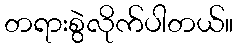
တရားစွဲလိုက်ပါတယ်။